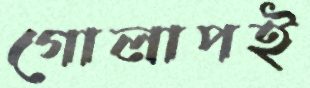
গোলাপই